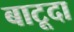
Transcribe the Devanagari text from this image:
बाटूदा